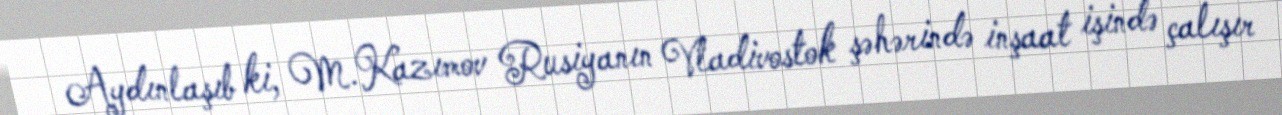
Aydınlaşıb ki, M.Kazımov Rusiyanın Vladivostok şəhərində inşaat işində çalışır